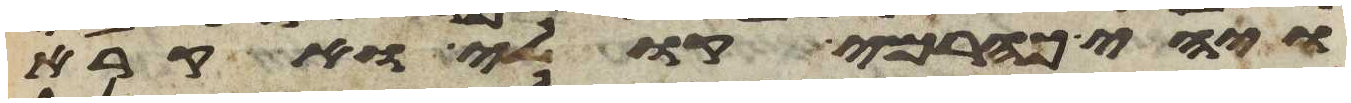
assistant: ויהי כהרמי קולי ואקרא